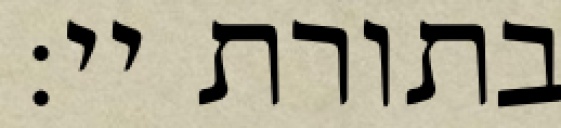
בתורת יי: